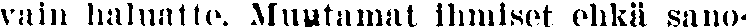
vain haluatte. Muutamat ihmiset ehkä sano-